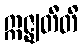
ဣဇ္ဈတီတိ